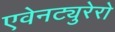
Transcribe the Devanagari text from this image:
एवेनट्युरेरो